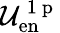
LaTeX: \mathcal{U}_{\mathrm{en}}^{\mathrm{~1~p~}}